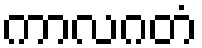
ကာလဂတံ